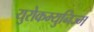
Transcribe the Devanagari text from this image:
युरोकम्युनिज्म